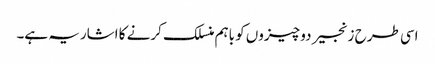
اسی طرح زنجیر دو چیزوں کو باہم منسلک کرنے کا اشاریہ ہے۔